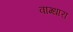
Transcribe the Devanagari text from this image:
वाग्धारा